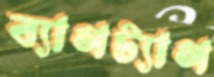
ব্যাগট্যাগ